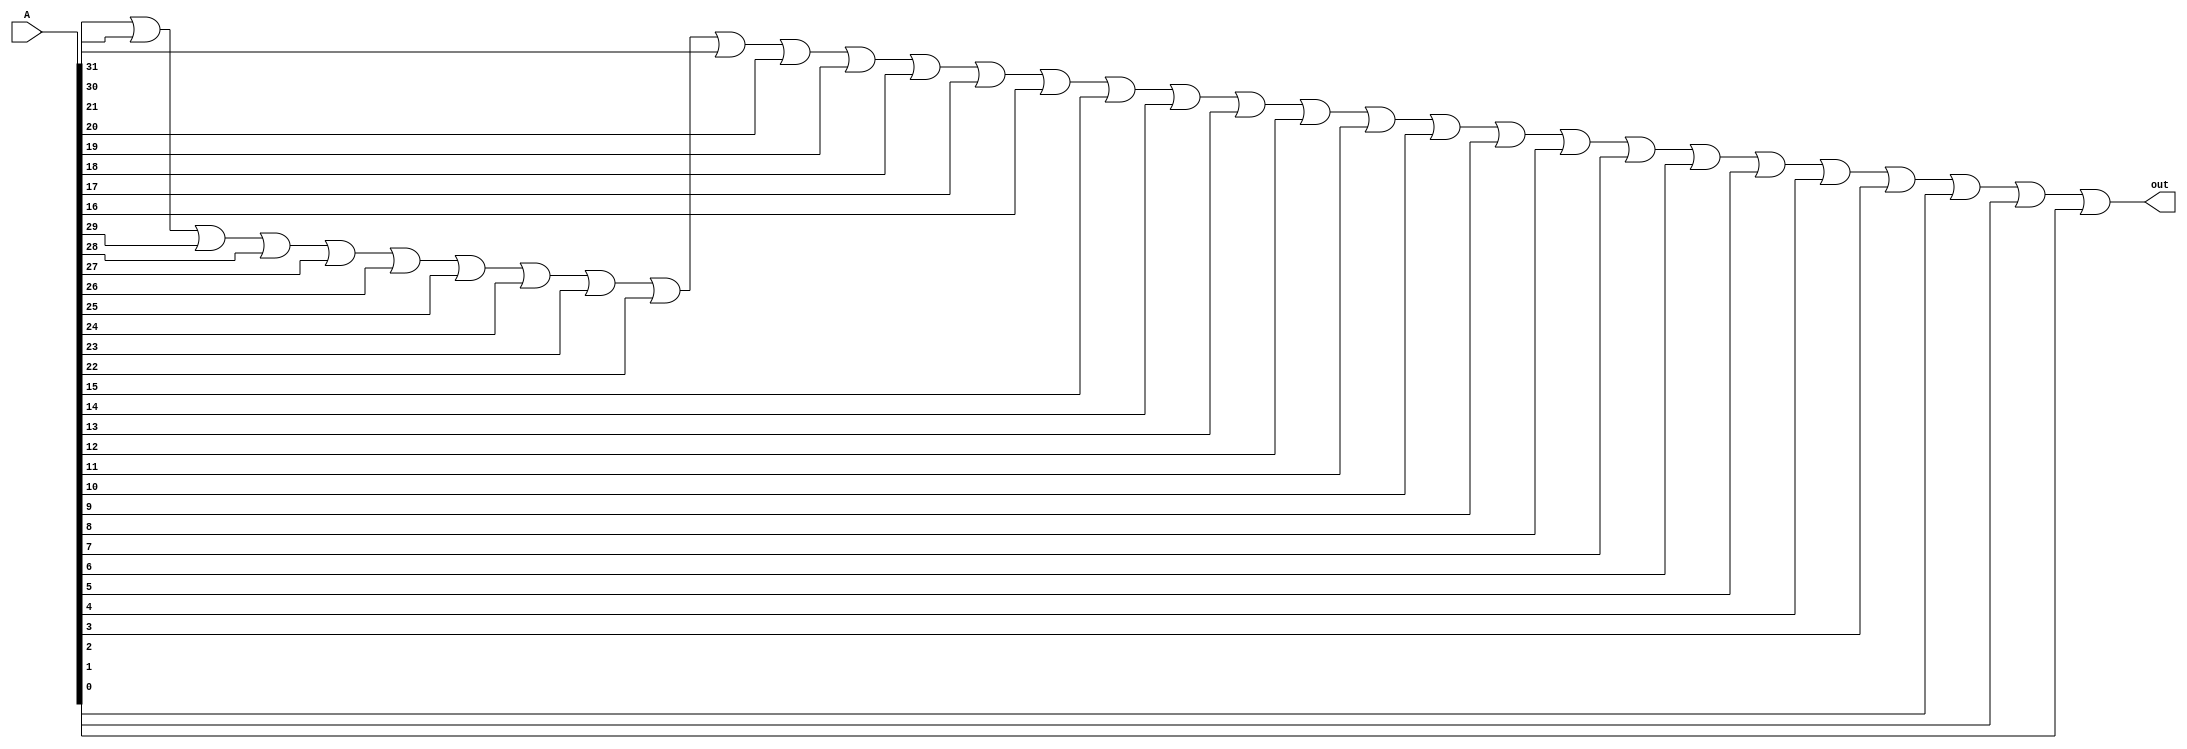
module isnotzero(input [31:0] A, output out);

	wire w1;
	or n(w1,A[31],A[30],A[29],A[28],A[27],A[26],A[25],A[24],A[23],A[22],A[21],A[20],A[19],A[18],A[17],A[16]);
	or m(out,w1,A[15],A[14],A[13],A[12],A[11],A[10],A[9],A[8],A[7],A[6],A[5],A[4],A[3],A[2],A[1],A[0]);
	
endmodule